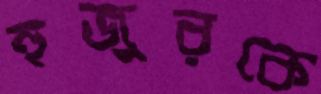
হুজুরকে